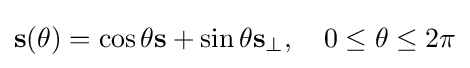
\mathbf {s} (\theta )=\cos \theta \mathbf {s} +\sin \theta \mathbf {s} _{\perp },\quad 0\leq \theta \leq 2\pi